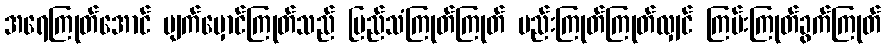
အရေကြုတ်အောင် မျက်မှောင်ကြုတ်သည် မြည်သံကြုတ်ကြုတ် မည်းကြုတ်ကြုတ်လျှင် ကြမ်းကြုတ်ခွက်ကြုတ်